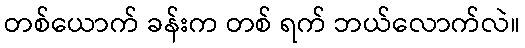
တစ်ယောက် ခန်းက တစ် ရက် ဘယ်လောက်လဲ။